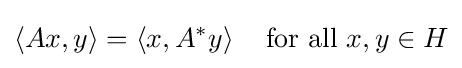
\langle Ax,y\rangle =\left\langle x,A^{*}y\right\rangle \quad {\mbox{for all }}x,y\in H